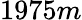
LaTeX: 1975m